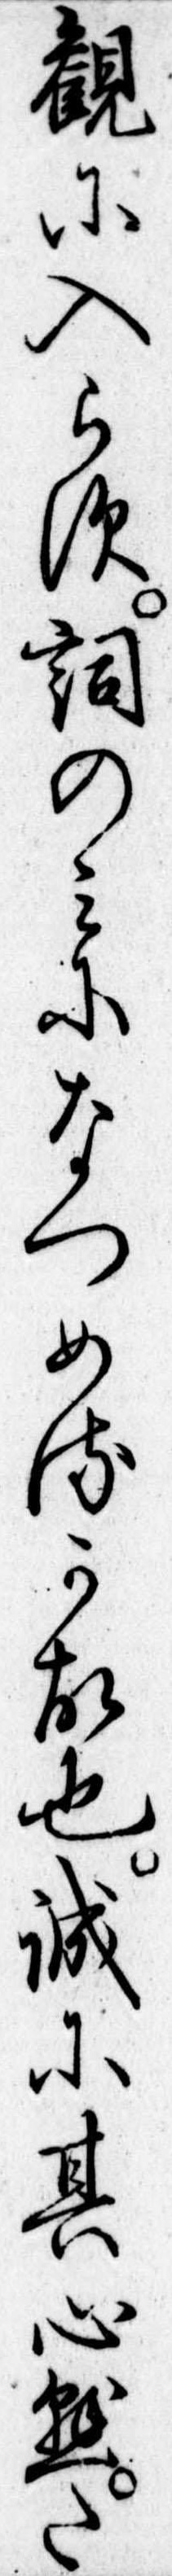
観に入らす詞のみになつめるか故也誠に其心懸た